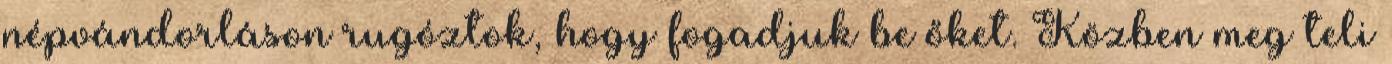
népvándorláson rugóztok, hogy fogadjuk be őket. Közben meg teli